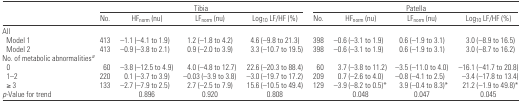
|  | <COLSPAN=4> Tibia | <COLSPAN=4> Patella |
 |  | No. | HFnorm (nu) | LFnorm (nu) | Log10 LF/HF (%) | No. | HFnorm (nu) | LFnorm (nu) | Log10 LF/HF (%) |
 | --- | --- | --- | --- | --- | --- | --- | --- | --- |
 | <COLSPAN=9> All |
 | Model 1 | 413 | −1.1 (−4.1 to 1.9) | 1.2 (−1.8 to 4.2) | 4.6 (−9.8 to 21.3) | 398 | −0.6 (−3.1 to 1.9) | 0.6 (−1.9 to 3.1) | 3.0 (−8.9 to 16.5) |
 | Model 2 | 413 | −0.9 (−3.8 to 2.1) | 0.9 (−2.0 to 3.9) | 3.3 (−10.7 to 19.5) | 398 | −0.6 (−3.1 to 1.9) | 0.6 (−1.9 to 3.1) | 3.0 (−8.7 to 16.2) |
 | <COLSPAN=9> No. of metabolic abnormalitiesa |
 | 0 | 60 | −3.8 (−12.5 to 4.9) | 4.0 (−4.8 to 12.7) | 22.6 (−20.3 to 88.4) | 60 | 3.7 (−3.8 to 11.2) | −3.5 (−11.0 to 4.0) | −16.1 (−41.7 to 20.8) |
 | 1–2 | 220 | 0.1 (−3.7 to 3.9) | −0.03 (−3.9 to 3.8) | −3.0 (−19.7 to 17.2) | 209 | 0.7 (−2.6 to 4.0) | −0.8 (−4.1 to 2.5) | −3.4 (−17.8 to 13.4) |
 | ≥ 3 | 133 | −2.7 (−7.9 to 2.5) | 2.7 (−2.5 to 7.9) | 15.6 (−10.5 to 49.4) | 129 | −3.9 (−8.2 to 0.5)* | 3.9 (−0.4 to 8.3)* | 21.2 (−1.9 to 49.8)* |
 | p-Value for trend |  | 0.896 | 0.920 | 0.808 |  | 0.048 | 0.047 | 0.045 |